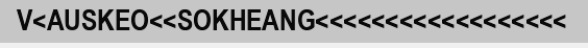
V<AUSKEO<<SOKHEANG<<<<<<<<<<<<<<<<<<